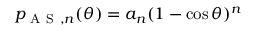
p _ { \mathrm { ~ A ~ S ~ } , n } ( \theta ) = a _ { n } ( 1 - \cos \theta ) ^ { n }